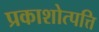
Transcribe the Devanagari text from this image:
प्रकाशोत्पत्ति